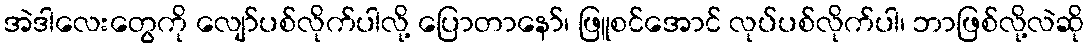
အဲဒါလေးတွေကို လျော်ပစ်လိုက်ပါလို့ ပြောတာနော်၊ ဖြူစင်အောင် လုပ်ပစ်လိုက်ပါ၊ ဘာဖြစ်လို့လဲဆို